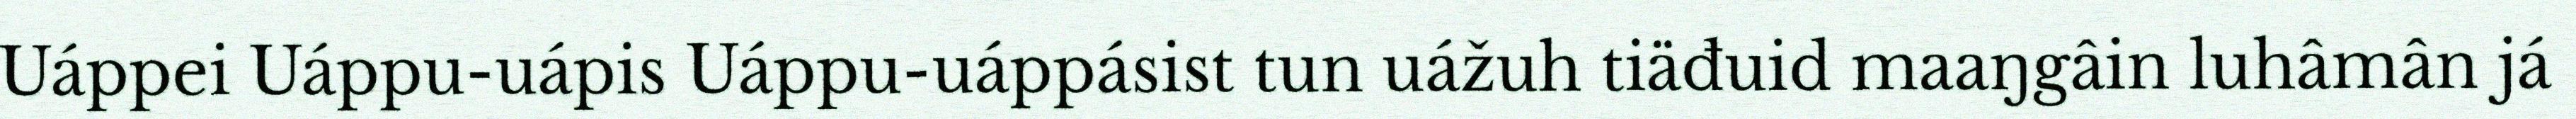
Uáppei Uáppu-uápis Uáppu-uáppásist tun uážuh tiäđuid maaŋgâin luhâmân já